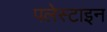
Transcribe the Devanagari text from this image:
पलेस्टाइन